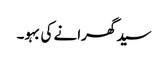
سید گھرانے کی بہو۔